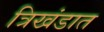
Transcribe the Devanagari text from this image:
त्रिखंडात